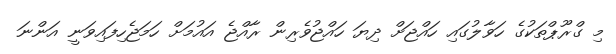
މި ގްރޫޕްތަކުގެ ހަވާލުގައި ހައްޖަށް ދިޔަ ހައްޖުވެރިން ރާއްޖެ އައުމަށް ހަމަޖެހިފައިވަނީ އަންނަ